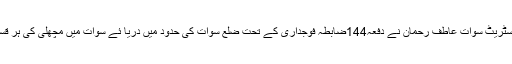
سوات(جی پی آئی)ڈسٹرکٹ مجسٹریٹ سوات عاطف رحمان نے دفعہ144ضابطہ فوجداری کے تحت ضلع سوات کی حدود میں دریا ئے سوات میں مچھلی کی ہر قسم شکار پر پابندی عائد کی ہے۔